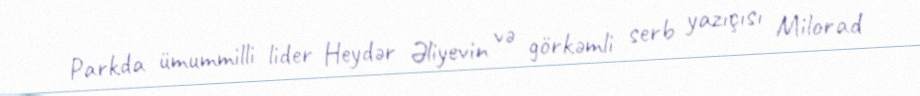
Parkda ümummilli lider Heydər Əliyevin və görkəmli serb yazıçısı Milorad